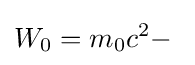
W_{0}=m_{0}c^{2}-\